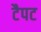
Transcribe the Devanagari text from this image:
टैपट